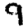
Digit: 9